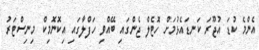
އެންމެ ކުޑަ އުޖޫރަ ކަނޑައެޅުމަށް ހޮޓެލް ޖެންގައި ބޭއްވި ހަފްލާގައި އިކޮނޮމިކް މިނިސްޓަރު